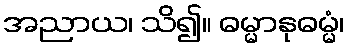
အညာယ၊ သိ၍။ ဓမ္မာနုဓမ္မံ၊